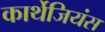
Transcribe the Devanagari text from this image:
कार्थेजियंस